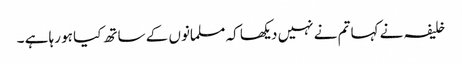
خلیفہ نے کہا تم نے نہیں دیکھا کہ مسلمانوں کے ساتھ کیا ہو رہا ہے ۔